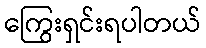
ကြွေးရှင်းရပါတယ်